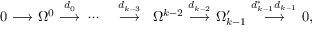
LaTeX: \begin{array} { c c c c c c c c c c c c c } { { 0 \! \! \! } } & { { \! \stackrel { } { \longrightarrow } \! \! \! } } & { { \! \Omega ^ { 0 } \! \! \! } } & { { \! \stackrel { d _ { 0 } } { \longrightarrow } \! \! \! } } & { { \cdots \! \! \! } } & { { \! } } & { { \stackrel { d _ { k - 3 } } { \longrightarrow } } } & { { \! \Omega ^ { k - 2 } \! \! \! } } & { { \! \stackrel { d _ { k - 2 } } { \longrightarrow } \! \! \! } } & { { \! \Omega _ { k - 1 } ^ { \prime } \! \! \! } } & { { \! \stackrel { d _ { k - 1 } ^ { * } d _ { k - 1 } } { \longrightarrow } \! \! \! } } & { { \! 0 , \! \! \! } } & { { } } \end{array}